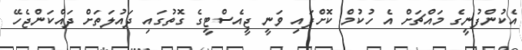
އެކުންފުނީގެ މައްޗަށް އެ ހުކުމް ކޮށްފައި ވަނީ ޖީއެސްޓީގެ ގޮތުގައި ދައުލަތަށް ދައްކަންޖެހޭ